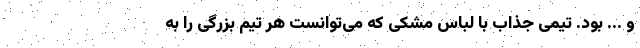
و ... بود. تیمی جذاب با لباس مشکی که می‌توانست هر تیم بزرگی را به